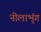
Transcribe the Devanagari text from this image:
नीलाभृंग